NAE_kihelkonnakohtute_kirjad_ja_protokollid_1869-1889, lk 5
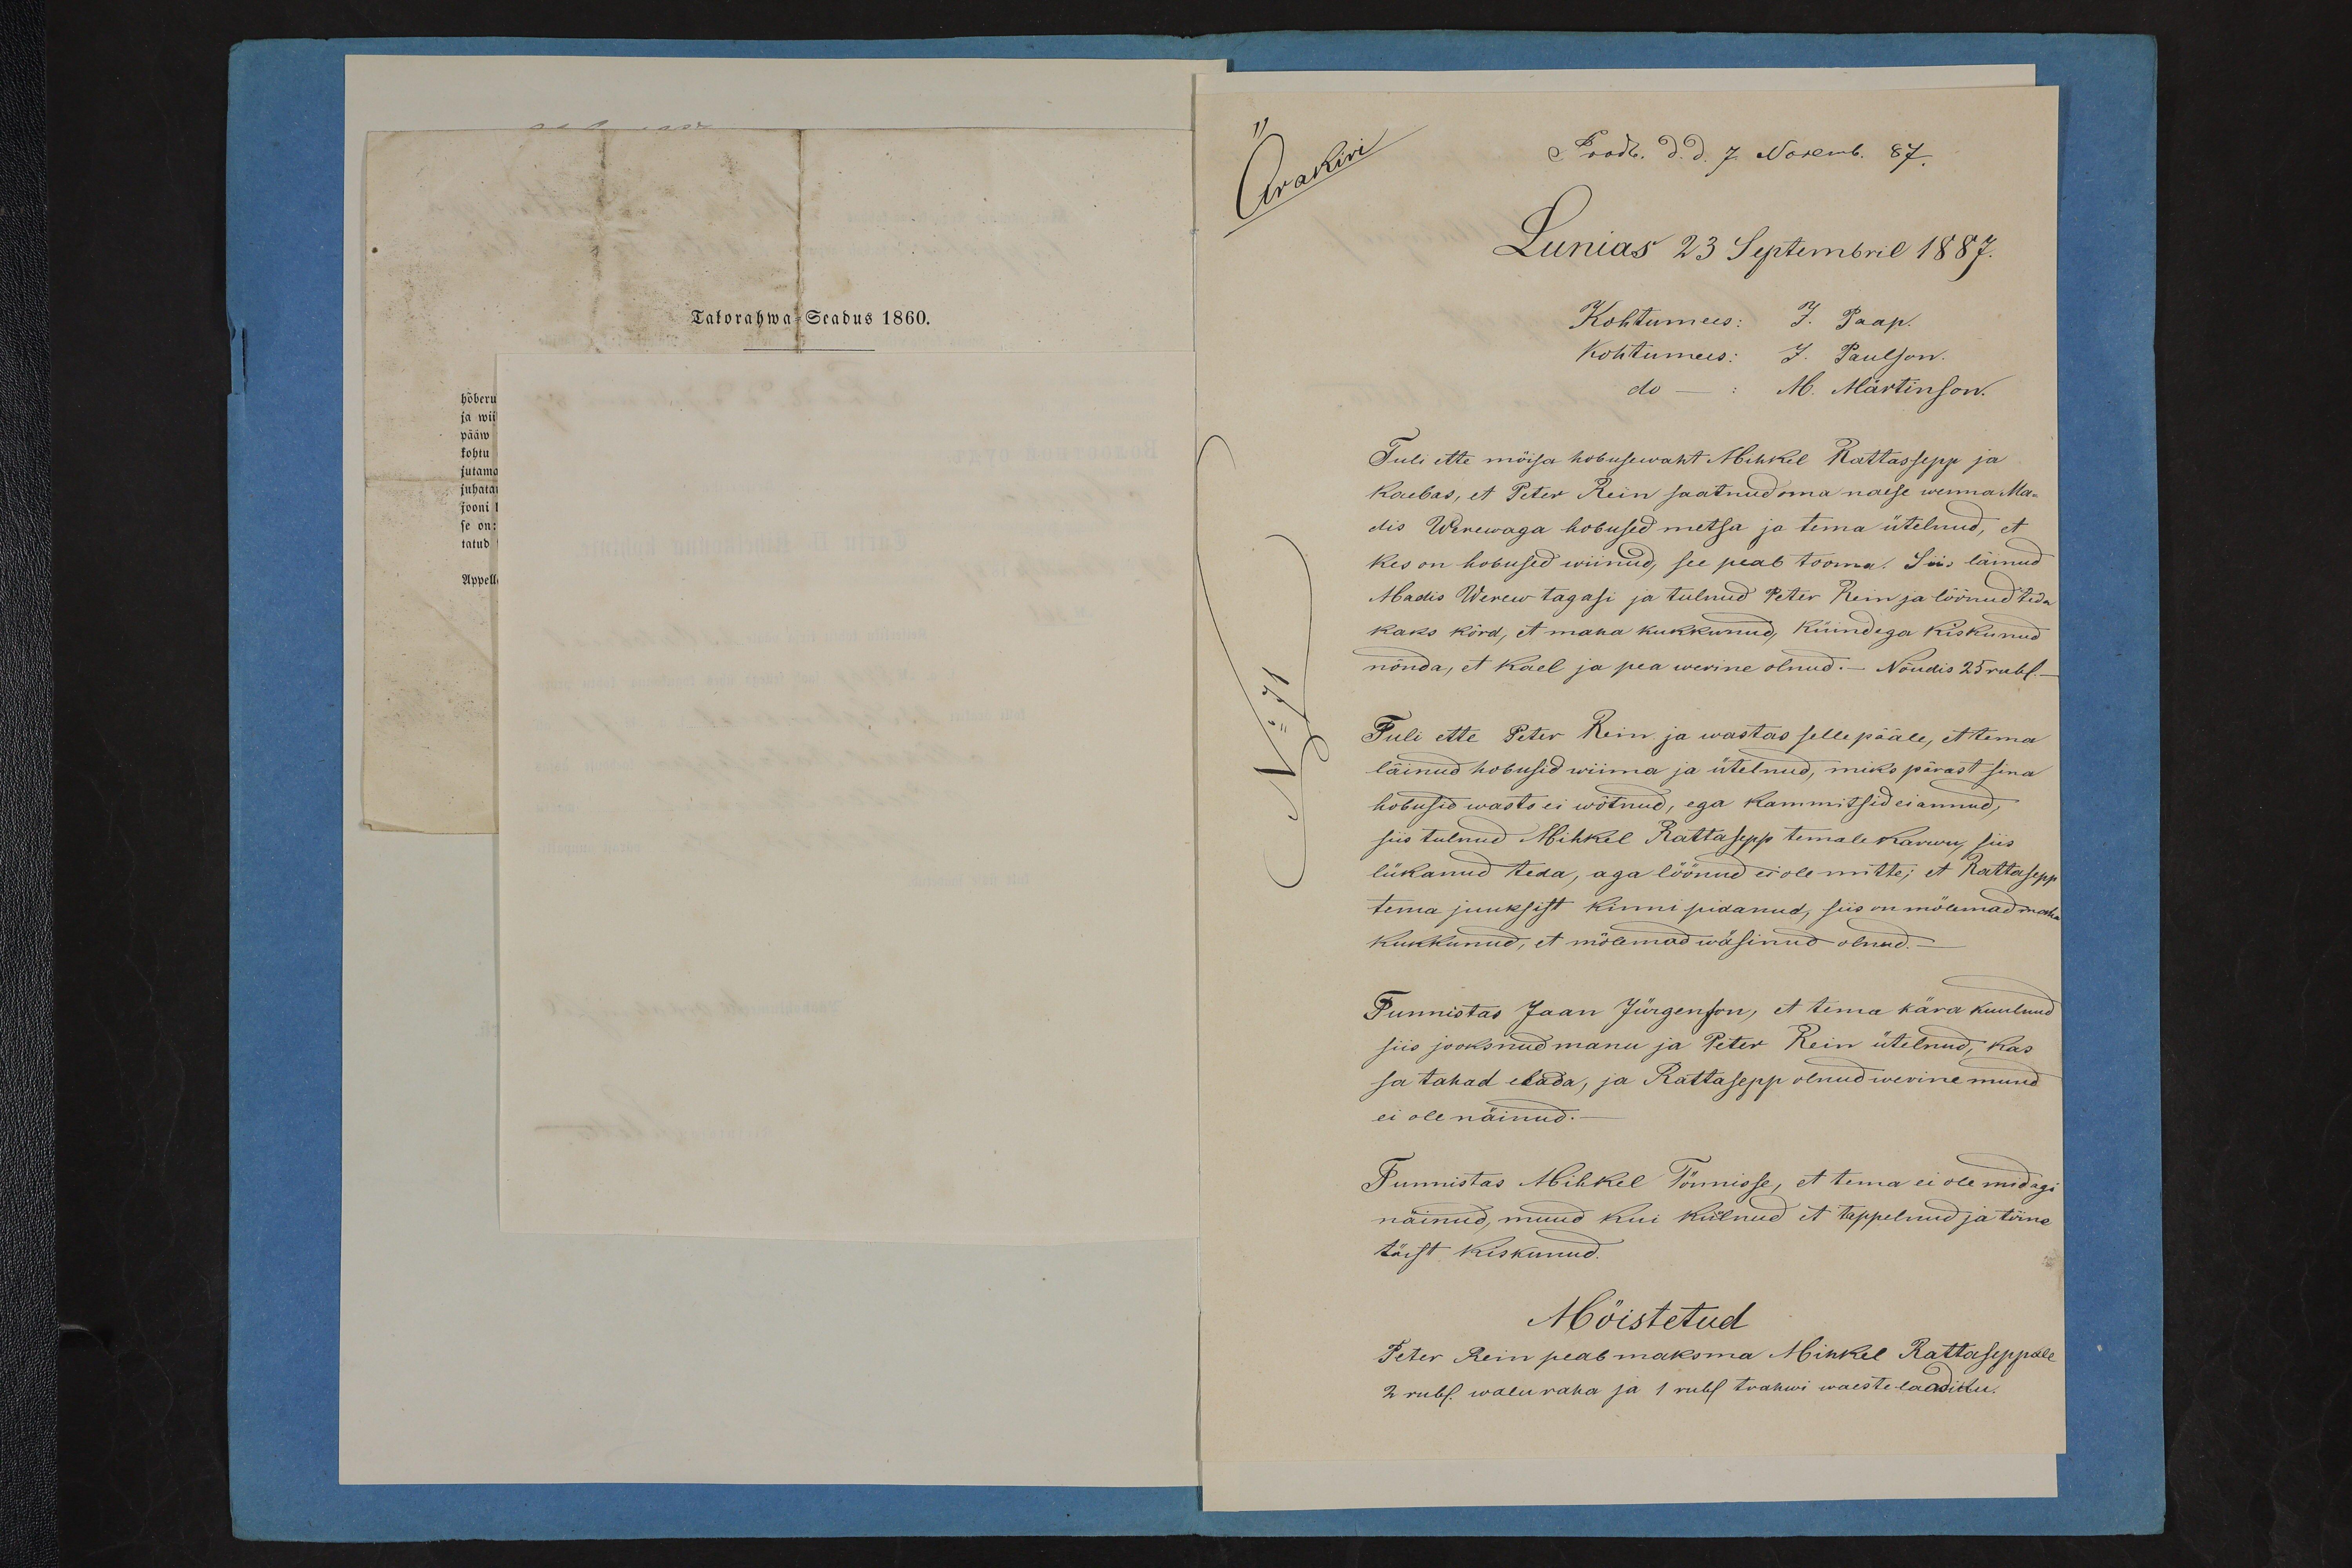
Talorahwa-Seadus 1860.

Ärakiri
Lunias 23 Septembril 1887.
Tuli ette mõisa hobusewaht Mihkel Rattassepp ja
kaebas, et Peter Rein saatnud oma naese wenna Ma-
dis Werewaga hobused metsa ja tema ütelnud, et
kes on hobused wiinud, see peab tooma. Siis läinud
Madis Werew tagasi ja tulnud Peter Rein ja löönud teda
kaks körd, et maha kukkunud, küindega kiskunud
nõnda, et Kael ja pea werine olnud. Nõudis 25 rubl.
Tuli ette Peter Rein ja wastas selle pääle, et tema
läinud hobusid wiima ja ütelnud, miks pärast sina
hobusid wasto ei wõtnud, ega kammitsid ei annud,
siis tulnud Mihkel Rattasepp temale karwu, siis
lükanud teda, aga löönud ei ole mitte; et Rattasepp
tema juuksist kinni pidanud, siis on mõlemad maha
kukkunud, et mõlemad wäsinud olnud.
Tunnistas Jaan Jürgenson, et tema kära kuulnud
siis jooksnud manu ja Peter Rein ütelnud, kas
sa tahad elada, ja Rattasepp olnud werine muud
ei ole näinud.
Tunnistas Mihkel Tõnnisse, et tema ei ole midagi
näinud, muud kui kulnud et tappelnud ja tõine
tõist kiskunud.
Mõistetud
Peter Rein peab maksma Mihkel Rattaseppale
2 rubl. waluvaha ja 1 rubl trahwi waeste laadiku.